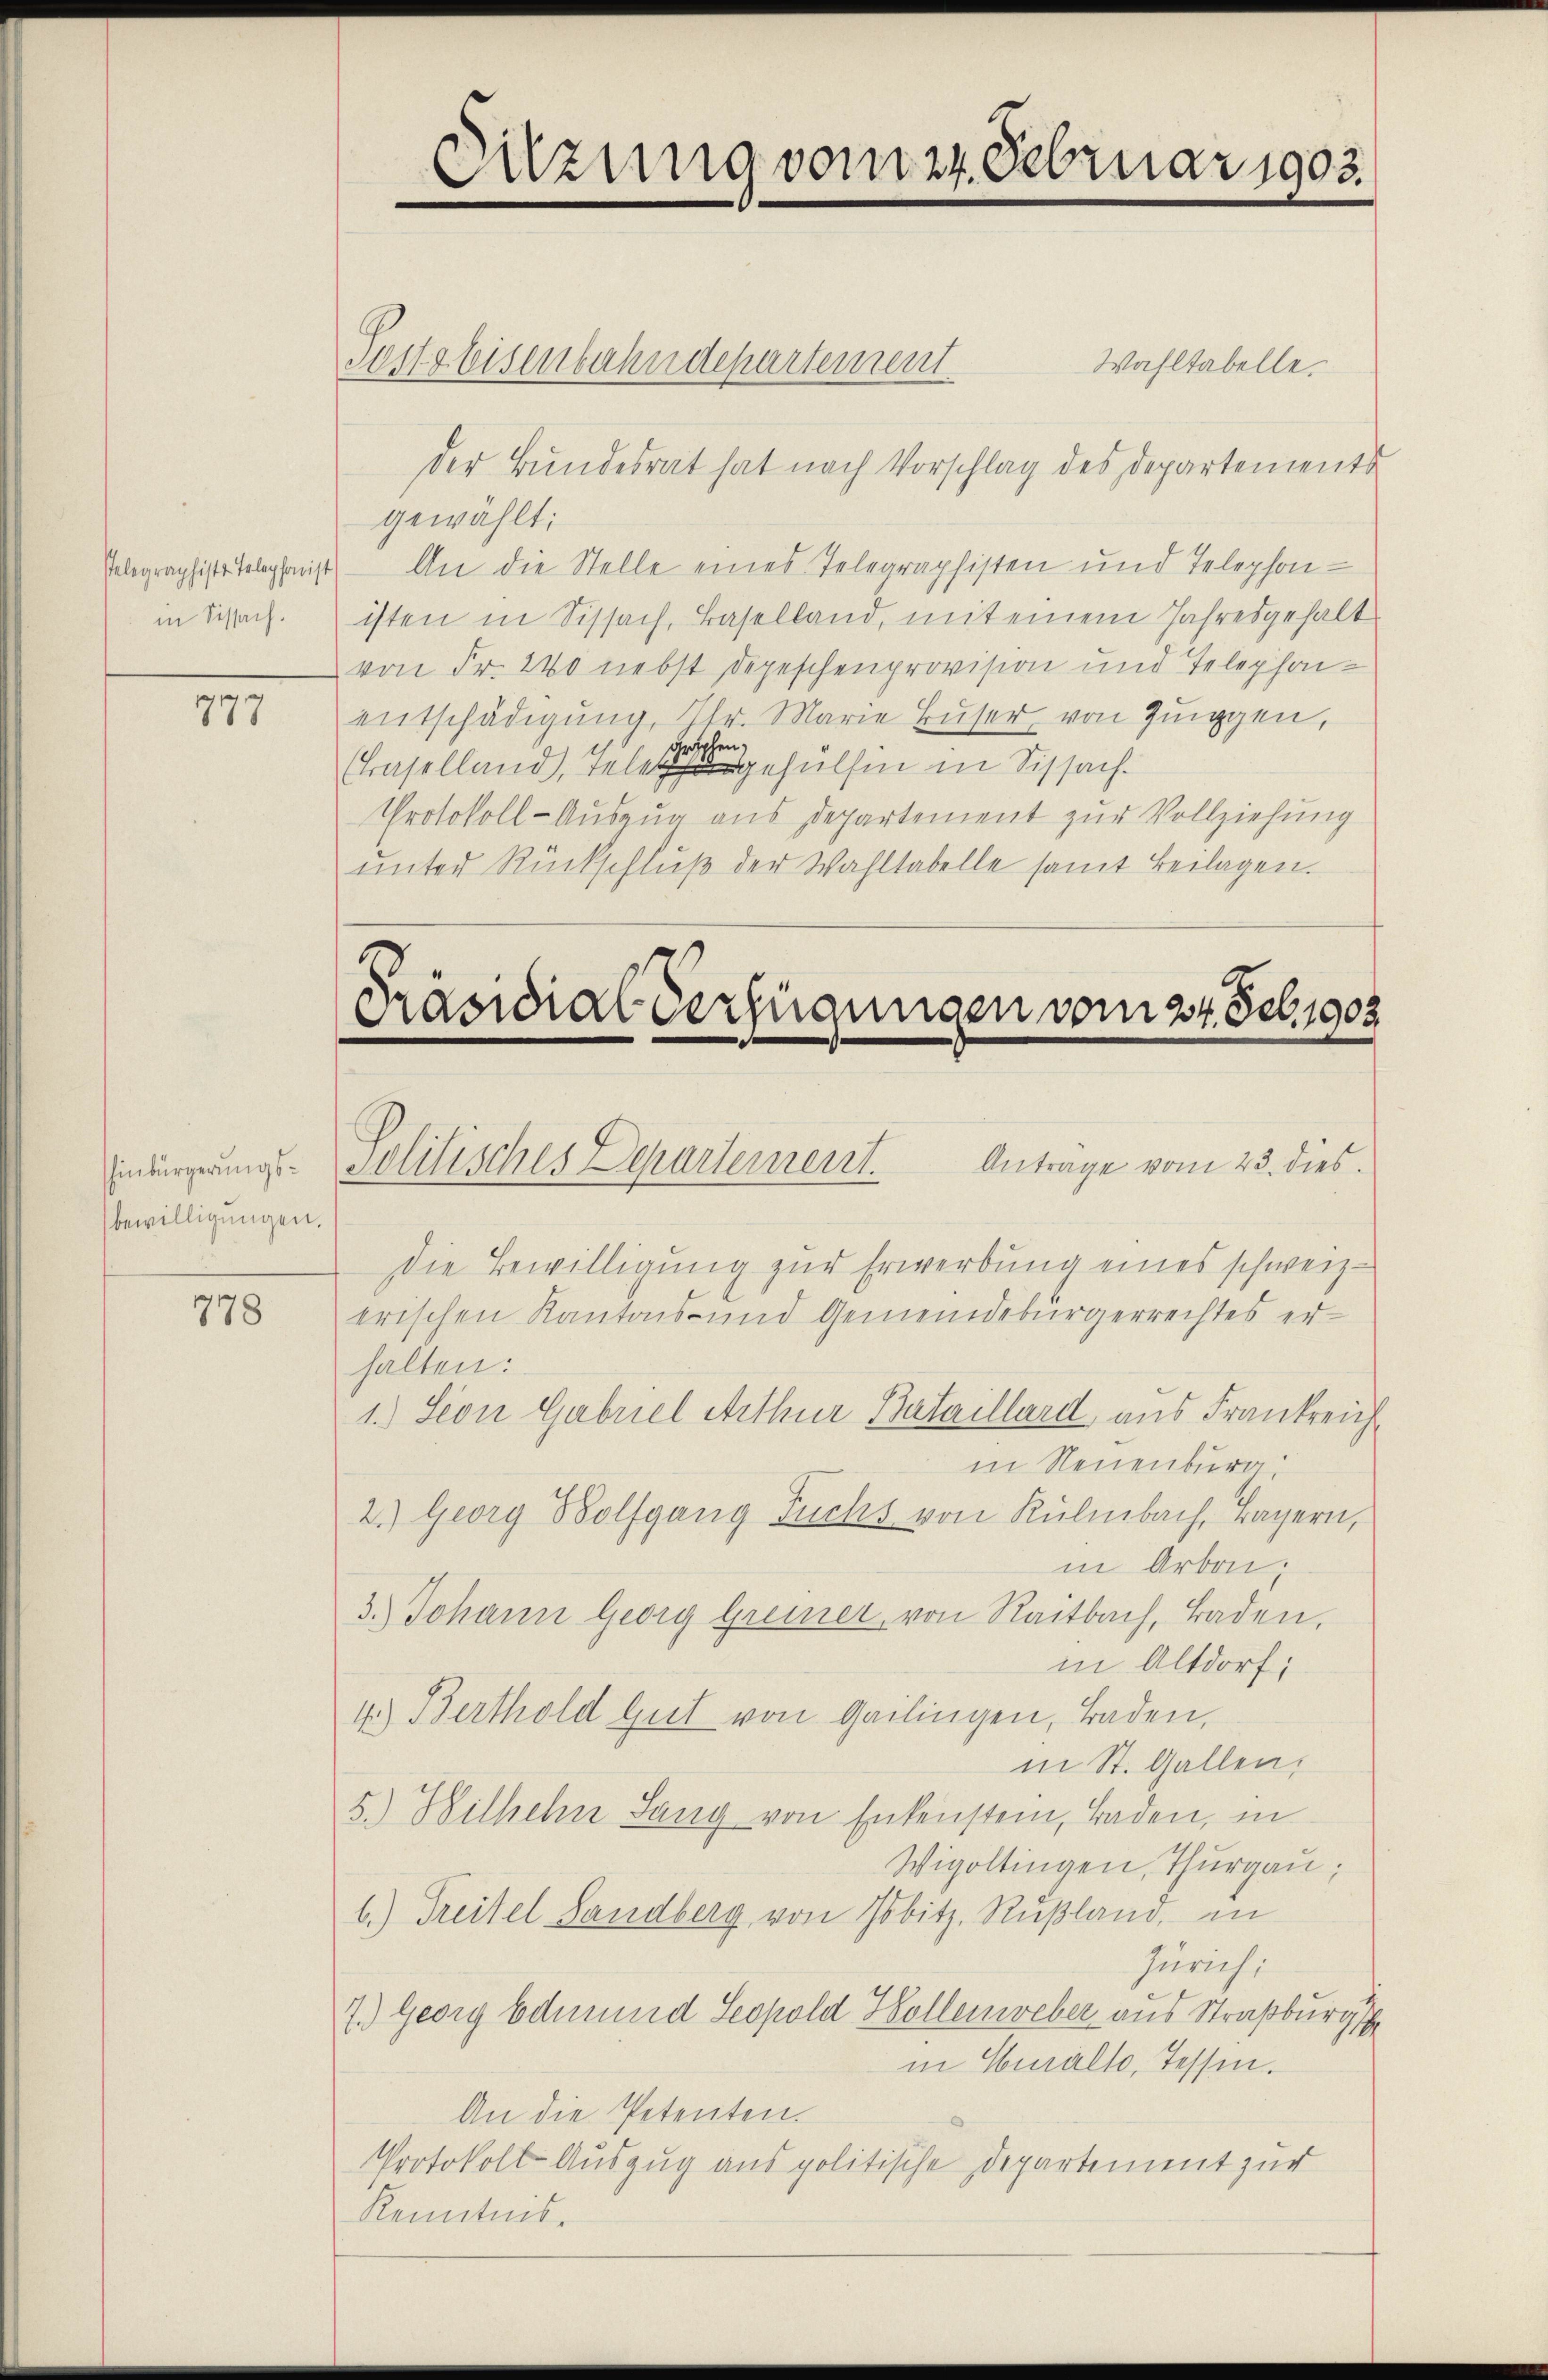
in Sissach.

.
777

Testabisenbahndepartement
Wahltabelle.
der Bundesrat hat nach Vorschlag des Departements
gewählt:
Velegraphist Telephonist. — An die Stelle eines Telegraphisten und Telephon-
isten in Sissach, Baselland, mit einem Jahresgehalt
von Fr. 240 nebst Depeschenprovision und Telephon-
entschädigung, Nr. Marie Buser von Zinggen,
grophen,
(Baselland, Telegehülfen in Sissach
Protokoll-Auszug aus Departement zur Vollziehung
ŭnter Rückschlŭβ der Wahltabelle samt Beilagen.

bewilligungen.

778

Sitzung vom 24. Februar 1903.
e

Präsidial-Verfügungen vom 24. Seb. 1903
Anträge vom 23. dies
Einbürgerung - Politisches Departement.

die Bewilligung zur Erwerbung eines schweiz.
erischen Kantons- und Gemeindebürgerrechtes erhalten:
1.) Seon Gabuel Arthur Bataillard aus Frankreich
in Neuenburg
2.) Georg Bolfgang Fuchs von Kulmbach, Bayern,
in Arbei,
3.) Johann Georg Greiner, von Reitbach, Baden.
in Altdorf;
4) Berthold Gut von Gailingen, Baden,
in St. Gallen,
5.) Wilhelm Sang von Enkenstein, Baden, in
Wigoltingen, Thurgau;
b.) Treitel Landberg von Pobitz. Rußland, in
Zürich:
7.) Georg Edmund Seopold Kollenweber aus Straßburgst
in Curalto, Tessin.
An die Petenten.
Protokoll Auszug aus politische Departement zur
Kenntnis.